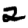
Digit: 2